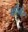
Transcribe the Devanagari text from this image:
फोर्मेर